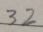
3 2